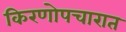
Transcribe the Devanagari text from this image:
किरणोपचारात